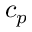
c _ { p }